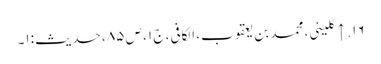
۱۶. ↑ کلینی، محمد بن یعقوب، الکافی، ج ۱، ص ۸۵، حدیث:۱۔